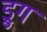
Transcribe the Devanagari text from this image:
ड्रुग